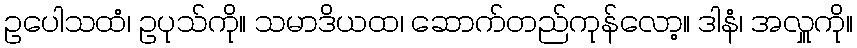
ဥပေါသထံ၊ ဥပုသ်ကို။ သမာဒိယထ၊ ဆောက်တည်ကုန်လော့။ ဒါနံ၊ အလှူကို။